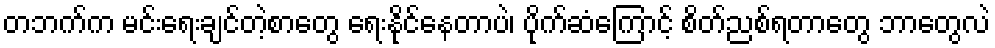
တဘက်က မင်းရေးချင်တဲ့စာတွေ ရေးနိုင်နေတာပဲ၊ ပိုက်ဆံကြောင့် စိတ်ညစ်ရတာတွေ ဘာတွေလဲ